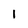
Character: 1